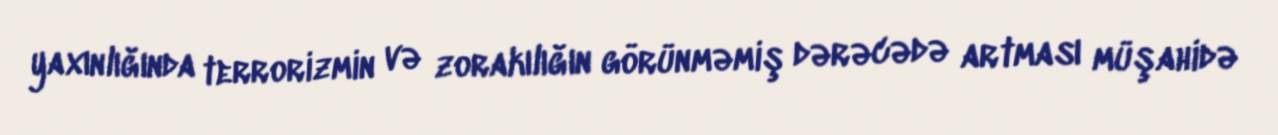
yaxınlığında terrorizmin və zorakılığın görünməmiş dərəcədə artması müşahidə